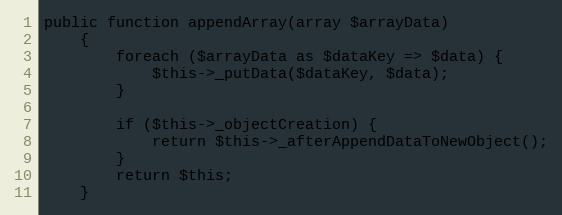
Language: PHP
public function appendArray(array $arrayData)
    {
        foreach ($arrayData as $dataKey => $data) {
            $this->_putData($dataKey, $data);
        }

        if ($this->_objectCreation) {
            return $this->_afterAppendDataToNewObject();
        }
        return $this;
    }